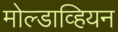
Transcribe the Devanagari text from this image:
मोल्डाव्हियन